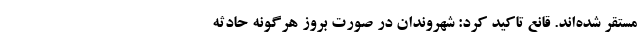
مستقر شده‌اند. قانع تاکید کرد: شهروندان در صورت بروز هرگونه حادثه